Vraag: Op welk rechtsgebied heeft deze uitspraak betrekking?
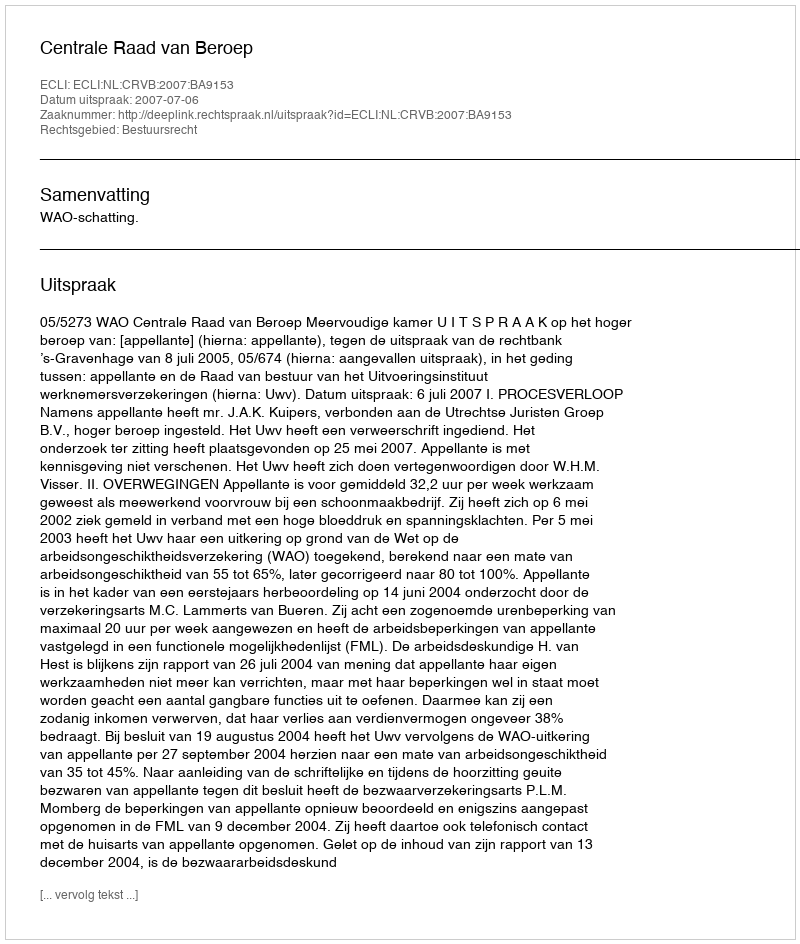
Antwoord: Bestuursrecht